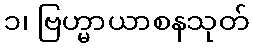
၁၊ ဗြဟ္မာယာစနသုတ်